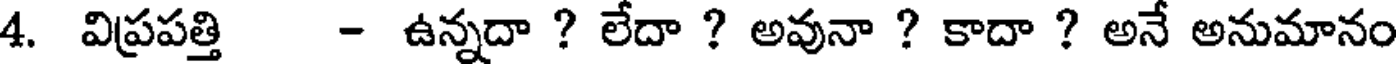
4. విప్రపత్తి - ఉన్నదా ? లేదా ? అవునా ? కాదా ? అనే అనుమానం